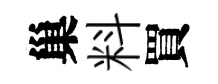
巢料買